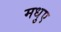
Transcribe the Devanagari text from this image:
मधुए